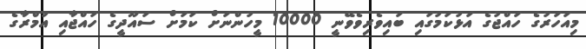
މިއަހަރުގެ ހައްޖުގެ އަޅުކަމުގައި ބައިވެރިވެވޭނީ 10000 މީހުންނަށް ކަމަށް ސައޫދީގެ ހައްޖާއި އުމްރާގެ